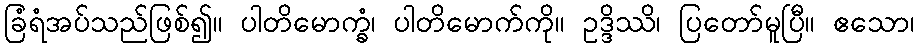
ခြံရံအပ်သည်ဖြစ်၍။ ပါတိမောက္ခံ၊ ပါတိမောက်ကို။ ဥဒ္ဒိဿိ၊ ပြတော်မူပြီ။ ဧသော၊